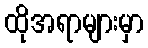
ထိုအရာများမှာ